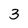
Character: 3